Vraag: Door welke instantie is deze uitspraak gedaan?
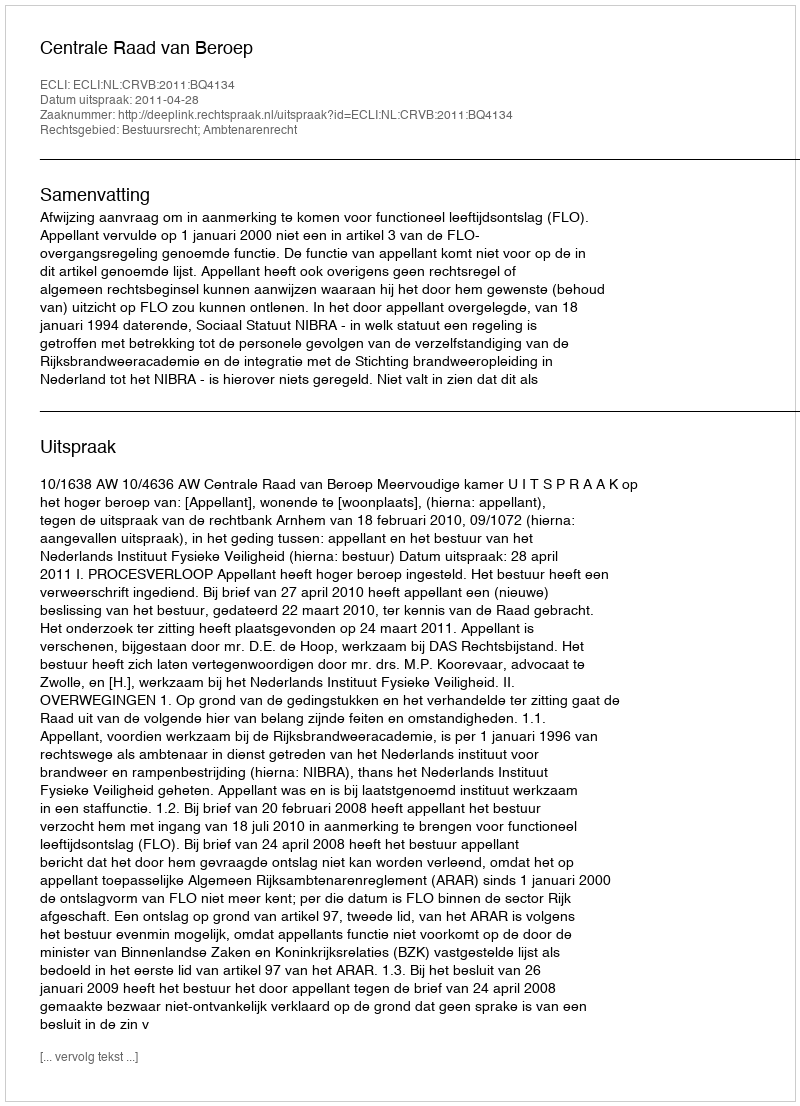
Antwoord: Centrale Raad van Beroep